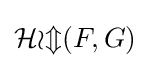
{\mathcal {Hom}}(F,G)